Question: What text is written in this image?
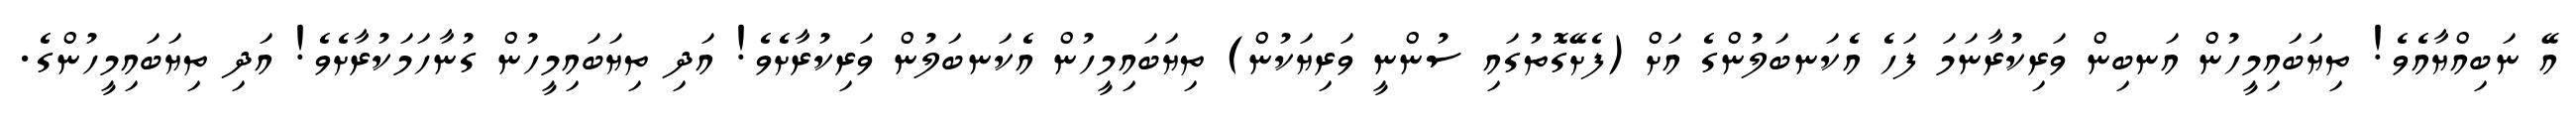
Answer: އޭ ނަބިއްޔާއެވެ! ތިޔަބައިމީހުން އަނބިން ވަރިކުރާނަމަ ފަހެ އެކަނބަލުންގެ އަށް (ފެށޭގޮތުގައި ސުންނީ ވަރިޔަކުން) ތިޔަބައިމީހުން އެކަނބަލުން ވަރިކުރާށެވެ! އަދި ތިޔަބައިމީހުން ގުނާހަމަކުރާށެވެ! އަދި ތިޔަބައިމީހުންގެ.